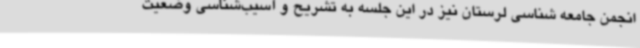
انجمن جامعه شناسی لرستان نیز در این جلسه به تشریح و آسیب‌شناسی وضعیت